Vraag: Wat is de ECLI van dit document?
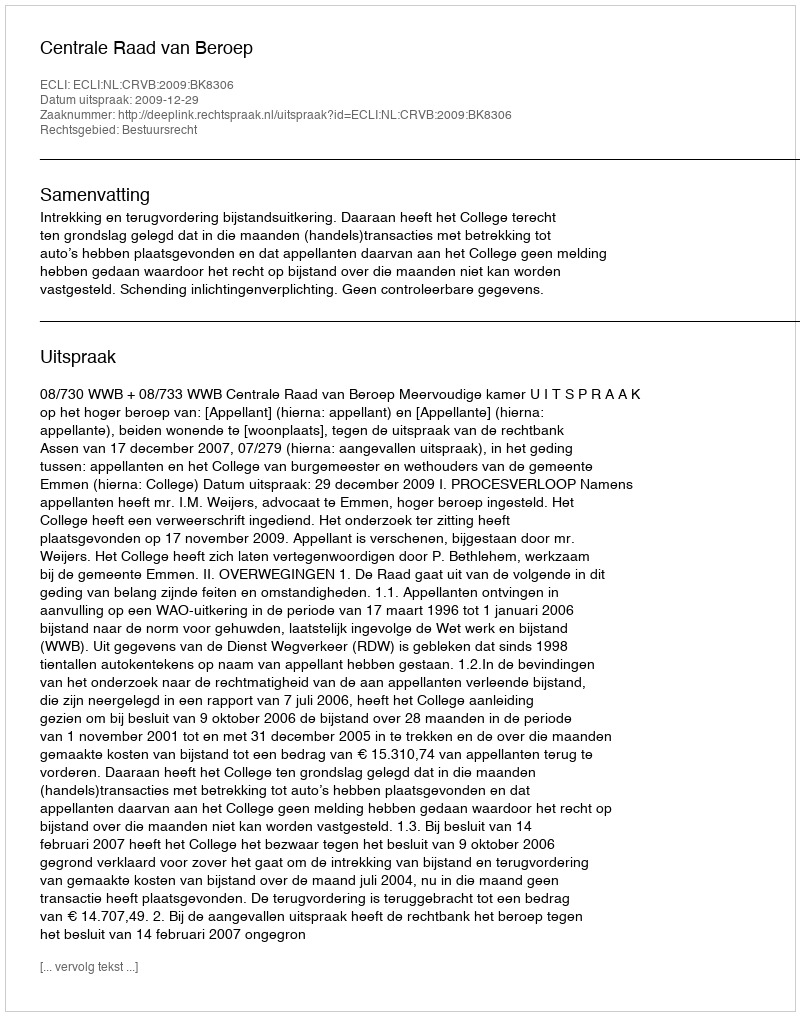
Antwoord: ECLI:NL:CRVB:2009:BK8306